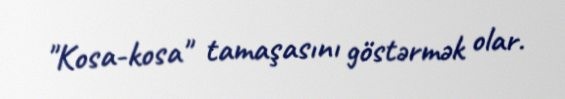
"Kosa-kosa" tamaşasını göstərmək olar.